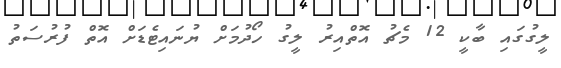
ލީގުގައި ބާކީ 12 މެޗު އޮތްއިރު ލީގު ހޯދުމަށް ޔުނައިޓެޑަށް އޮތް ފުރުސަތު